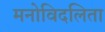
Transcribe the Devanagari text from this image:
मनोविदलिता